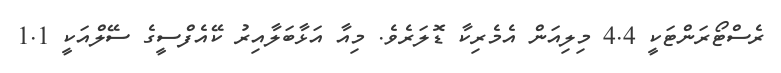
ރެސްޓޯރަންޓަކީ 4.4 މިލިއަން އެމެރިކާ ޑޮލަރެވެ. މިއާ އަޅާބަލާއިރު ކޭއެފްސީގެ ސޭލްއަކީ 1.1